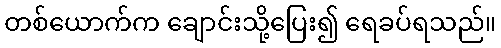
တစ်ယောက်က ချောင်းသို့ပြေး၍ ရေခပ်ရသည်။